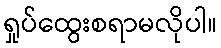
ရှုပ်ထွေးစရာမလိုပါ။